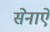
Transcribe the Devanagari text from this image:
सेनाऐं